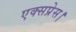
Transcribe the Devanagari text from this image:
एक्‍सप्रेस।